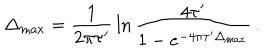
LaTeX: \Delta _ { \max } = { \frac { 1 } { 2 \pi \tau ^ { \prime } } } \ln { \frac { 4 \tau ^ { \prime } } { 1 - e ^ { - 4 \pi \tau ^ { \prime } \Delta _ { \max } } } } \, .